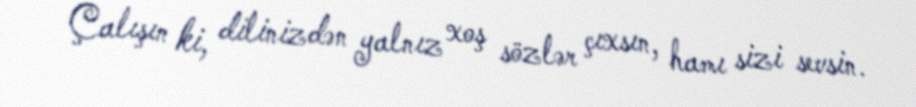
Çalışın ki, dilinizdən yalnız xoş sözlər çıxsın, hamı sizi sevsin.